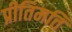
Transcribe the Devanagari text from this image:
प्रीतिमति